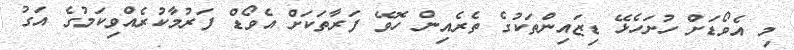
މި އެވޯޑަށް ހުށަހެޅޭ ޑިޒައިންތަކުގެ ތެރެއިން ހޮވޭ ފަރާތަކަށް އެވޯޑް ފަރުމާކުރެއްވިކަމުގެ އަގު